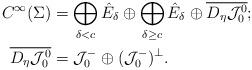
LaTeX: \begin{align*} C^\infty(\Sigma) &=\bigoplus_{\delta< c} \hat{E}_\delta \oplus \bigoplus_{\delta\geq c} \hat{E}_\delta \oplus \overline{D_\eta \mathcal{J}_0^0};\\\overline{D_\eta \mathcal{J}_0^0}&= \mathcal{J}_0^-\oplus (\mathcal{J}_0^-)^\perp.\end{align*}